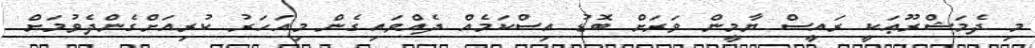
މި ދެމަޝްރޫޢަކީ ރައީސް ޔާމީން ވަރަށް ބޮޑު އިސްކަމެއް ދެއްވައިގެން މިއަހަރު ކުރިއަށްގެންދެވުމަށް